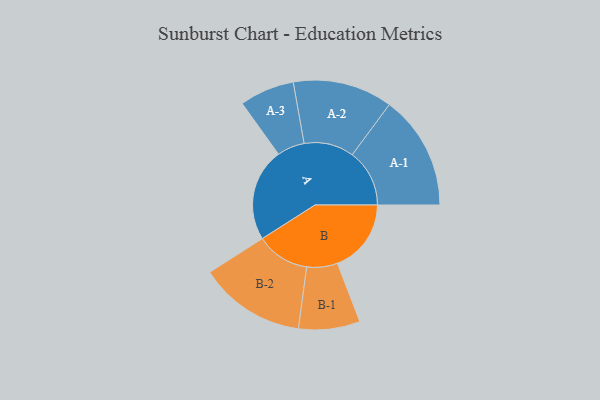
{"axis": {"x": "Segment", "y": "Value"}, "legend": ["", "A", "B"], "data": [{"x": "A", "y": 427, "type": ""}, {"x": "B", "y": 339, "type": ""}, {"x": "A-1", "y": 263, "type": "A"}, {"x": "A-2", "y": 229, "type": "A"}, {"x": "A-3", "y": 126, "type": "A"}, {"x": "B-1", "y": 141, "type": "B"}, {"x": "B-2", "y": 245, "type": "B"}]}